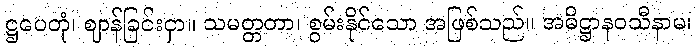
ဋ္ဌပေတုံ၊ ဈာန်ခြင်းငှာ။ သမတ္တတာ၊ စွမ်းနိုင်သော အဖြစ်သည်။ အဓိဋ္ဌာနဝသီနာမ၊